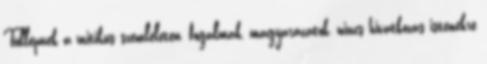
Túllépnek a mitikus szemléleten, fogalmak, magyarázatok, nincs hivatkozás istenekre